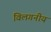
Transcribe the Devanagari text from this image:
विलगनीय